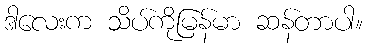
ဒါလေးက သိပ်ကိုမြန်မာ ဆန်တာပါ။